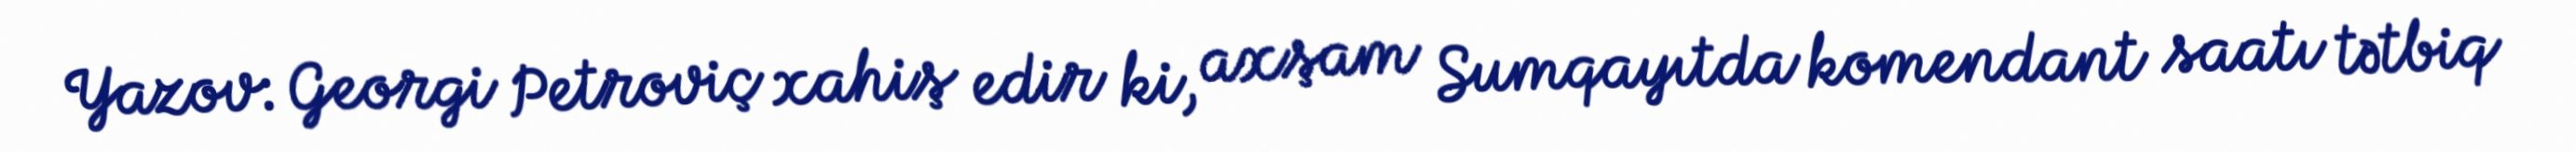
Yazov: Georgi Petroviç xahiş edir ki, axşam Sumqayıtda komendant saatı tətbiq